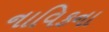
નાવિકના